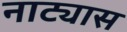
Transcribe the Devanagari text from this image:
नाट्यास